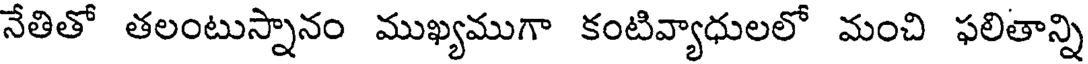
నేతితో తలంటుస్నానం ముఖ్యముగా కంటివ్యాధులలో మంచి ఫలితాన్ని